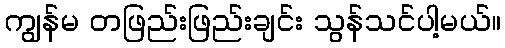
ကျွန်မ တဖြည်းဖြည်းချင်း သွန်သင်ပါ့မယ်။